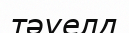
тәуелд